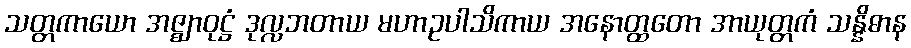
သတ္တကာယော အဇ္ဈာဝုဋ္ဌံ ဒုလ္လဘတာယ မဟာဥပါသိကာယ အနောတ္ထတော အာယုတ္တကံ သန္နိဓာန